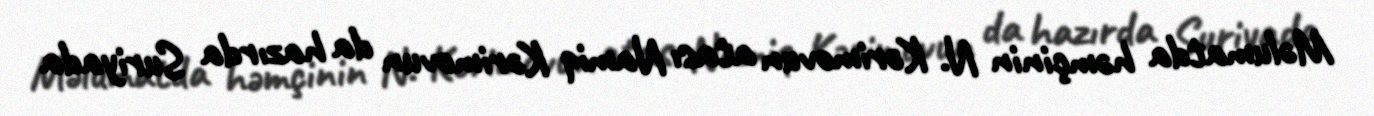
Məlumatda həmçinin N. Kərimovun atası Namiq Kərimovun da hazırda Suriyada